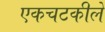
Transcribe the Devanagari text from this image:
एकचटकीले